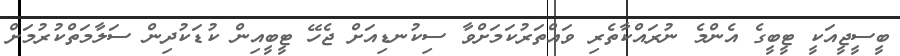
ބީސީޖީއަކީ ޓީބީގެ އެންމެ ނުރައްކާތެރި ވައްތަރުކަމަށްވާ ސިކުނޑިއަށް ޖެހޭ ޓީބީއިން ކުޑަކުދިން ސަލާމަތްކުރުމަށް